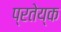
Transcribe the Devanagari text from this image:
प्रतेय्क